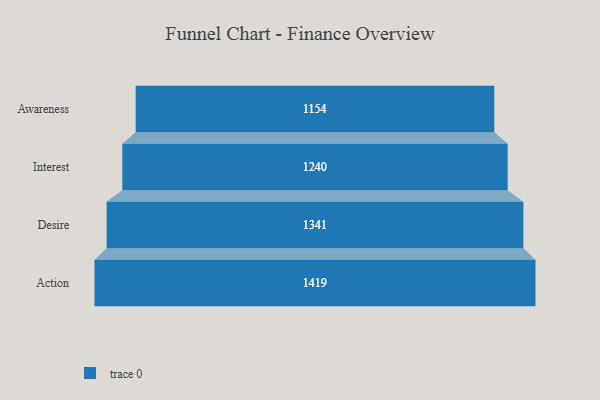
{"axis": {"x": "Stage", "y": "Value"}, "legend": [""], "data": [{"x": "Awareness", "y": 1154.0, "type": ""}, {"x": "Interest", "y": 1240.0, "type": ""}, {"x": "Desire", "y": 1341.0, "type": ""}, {"x": "Action", "y": 1419.0, "type": ""}]}